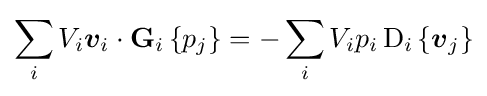
\sum _{i}V_{i}{\boldsymbol {v}}_{i}\cdot \operatorname {\mathbf {G} } _{i}\left\{p_{j}\right\}=-\sum _{i}V_{i}p_{i}\operatorname {D} _{i}\left\{{\boldsymbol {v}}_{j}\right\}